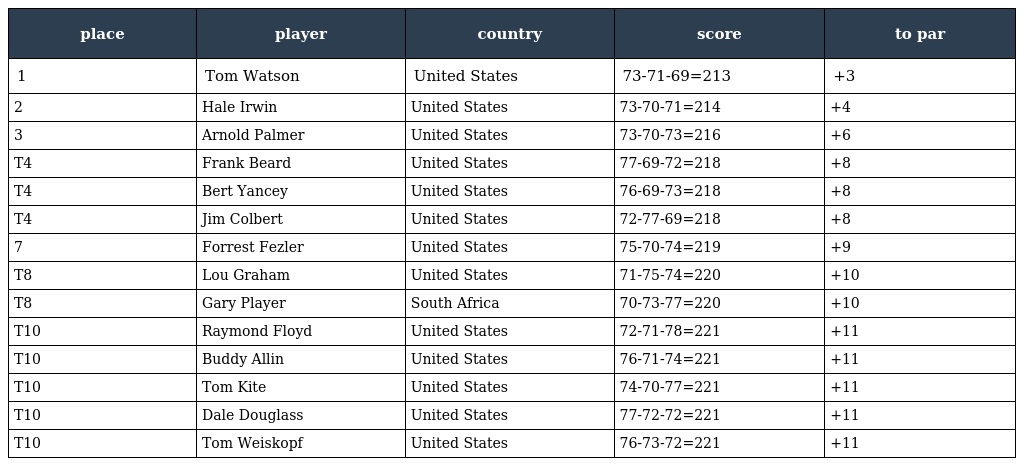
| place | player | country | score | to par |
 | --- | --- | --- | --- | --- |
 | 1 | Tom Watson | United States | 73-71-69=213 | +3 |
 | 2 | Hale Irwin | United States | 73-70-71=214 | +4 |
 | 3 | Arnold Palmer | United States | 73-70-73=216 | +6 |
 | T4 | Frank Beard | United States | 77-69-72=218 | +8 |
 | T4 | Bert Yancey | United States | 76-69-73=218 | +8 |
 | T4 | Jim Colbert | United States | 72-77-69=218 | +8 |
 | 7 | Forrest Fezler | United States | 75-70-74=219 | +9 |
 | T8 | Lou Graham | United States | 71-75-74=220 | +10 |
 | T8 | Gary Player | South Africa | 70-73-77=220 | +10 |
 | T10 | Raymond Floyd | United States | 72-71-78=221 | +11 |
 | T10 | Buddy Allin | United States | 76-71-74=221 | +11 |
 | T10 | Tom Kite | United States | 74-70-77=221 | +11 |
 | T10 | Dale Douglass | United States | 77-72-72=221 | +11 |
 | T10 | Tom Weiskopf | United States | 76-73-72=221 | +11 |